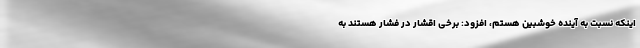
اینکه نسبت به آینده خوشبین هستم، افزود: برخی اقشار در فشار هستند به